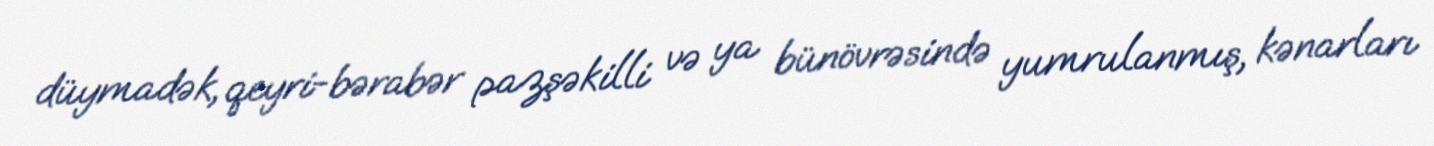
düymadək, qeyri-bərabər pazşəkilli və ya bünövrəsində yumrulanmış, kənarları